Scottish Leaving Certificate Examination, 1952
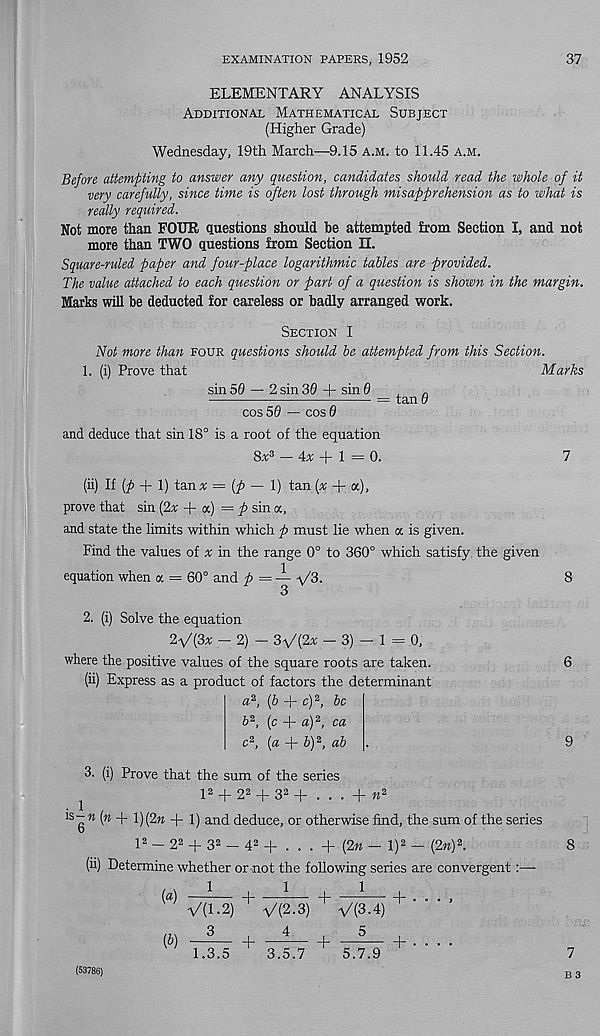
EXAMINATION PAPERS, 1952
37
ELEMENTARY ANALYSIS
Additional Mathematical Subject
(Higher Grade)
Wednesday, 19th March—9.15 a.m. to 11.45 a.m.
Before attempting to answer any question, candidates should read the whole of it
very carefully, since time is often lost through misapprehension as to what is
really required.
Not more than FOUR questions should be attempted from Section I, and not
more than TWO questions from Section II.
Square-ruled paper and four-place logarithmic tables are provided.
The value attached to each question or part of a question is shown in the margin.
Marks will be deducted for careless or badly arranged work.
Section I
Not more than four questions should be attempted from this Section.
1. (i) Prove that
Marks
sin 50 — 2 sin 30 + sin 0
, „
= tan 0
cos 50 — cos 0
and deduce that sin 18° is a root of the equation
8a 3 — 4a; + 1 = 0.
7
(ii) If (p + 1) tan;; = (p — 1) tan (x + a),
prove that sin (2a + K ) = ^ sin a,
and state the limits within which p must lie when oc is given.
Find the values of a in the range 0° to 360° which satisfy, the given
equation when a = 60° and p = — -v/3-
8
2. (i) Solve the equation
2- v
/ (3a - 2) - 3v'(2a — 3) - 1 = 0,
where the positive values of the square roots are taken,
(ii) Express as a product of factors the determinant
« 2 , (6 + c) 2 , be
6 2 , (c + a) 2 , ca
c 2 , (a + b) 2 , ab
6
9
3. (i) Prove that the sum of the series
l 2 + 2 2 + 3 2 + . . . + » 2
ls -» [n + \)(2n + 1) and deduce, or otherwise find, the sum of the series
l 2 - 2 2 + 3 2 - 4 2 + . . . + (2n — l) 2 — (2«) 2 .
(ii) Determine whether or not the following series are convergent:—
1,1,1
8